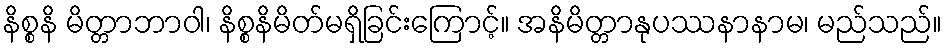
နိစ္စနိ မိတ္တာဘာဝါ၊ နိစ္စနိမိတ်မရှိခြင်းကြောင့်။ အနိမိတ္တာနုပဿနာနာမ၊ မည်သည်။